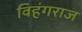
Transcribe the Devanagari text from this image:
विहंगराज